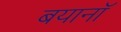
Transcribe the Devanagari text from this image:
बयानॉ